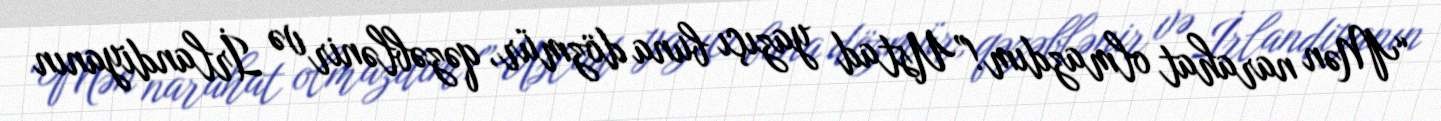
“Mən narahat olmazdım!”Ustad yazıçı buna dözmür, qəzəblənir və İrlandiyanın